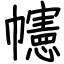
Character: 幰